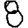
Digit: 8